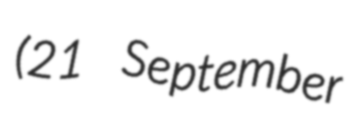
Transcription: (21 September